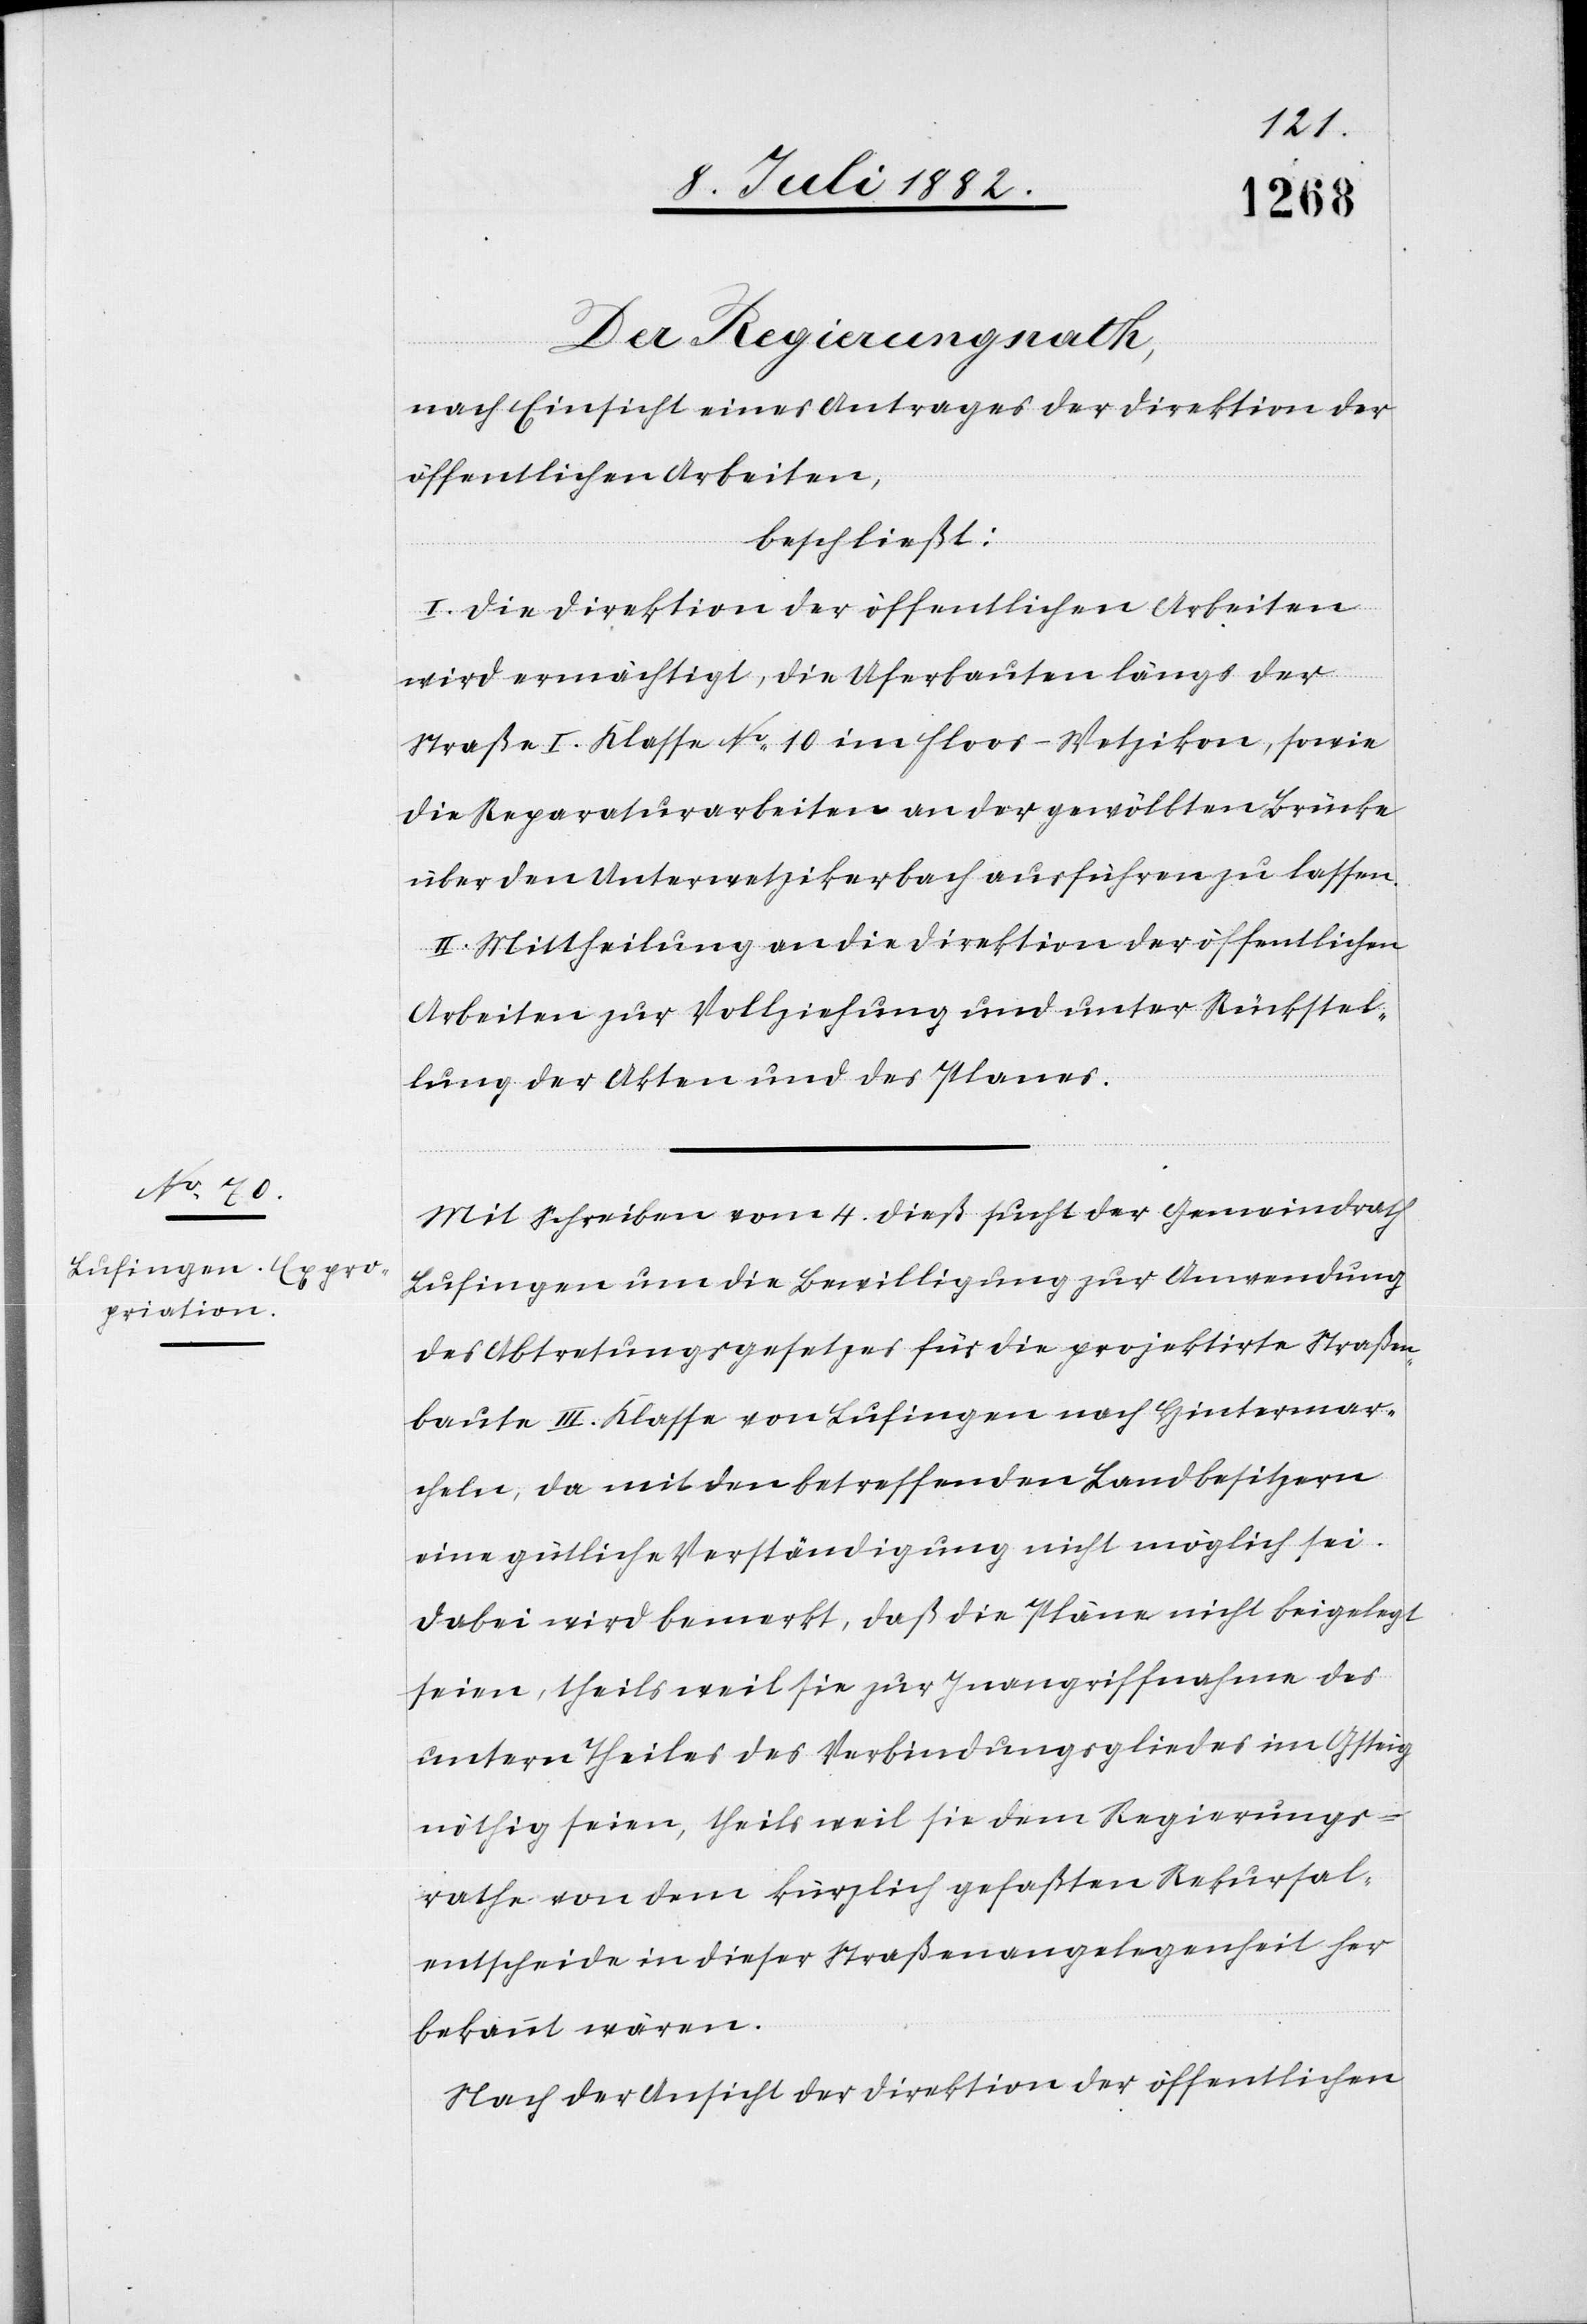
Der Regierungsrath,
nach Einsicht eines Antrages der Direktion der
öffentlichen Arbeiten,
beschließt:
I. Die Direktion der öffentlichen Arbeiten
wird ermächtigt, die Uferbauten längs der
Straße I. Klasse No 10 im Floos - Wetzikon, sowie
die Reparaturarbeiten an der gewölbten Brücke
über den Unterwetzikerbach ausführen zu lassen.
II. Mittheilung an die Direktion der öffentlichen
Arbeiten zur Vollziehung und unter Rückstel¬
lung der Akten und des Planes.
Mit Schreiben vom 4. dieß sucht der Gemeindrath
Lufingen um die Bewilligung zur Anwendung
des Abtretungsgesetzes für die projektirte Straßen¬
baute III. Klasse von Lufingen nach Hintermar¬
cheln [nach], da mit den betreffenden Landbesitzern
eine gütliche Verständigung nicht möglich sei.
Dabei wird bemerkt, daß die Pläne nicht beigelegt
seien, theils weil sie zur Inangriffnahme des
untern Theiles des Verbindungsgliedes im Gsteig
nöthig seien, theils weil sie dem Regierungs¬
rathe von dem kürzlich gefaßten Rekursal¬
entscheide in dieser Straßenangelegenheit her
bekannt wären.
Nach der Ansicht der Direktion der öffentlichen